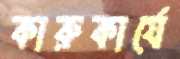
কারুকার্যে